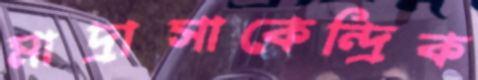
মাদ্রাসাকেন্দ্রিক